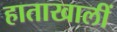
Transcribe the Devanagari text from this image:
हाताखालीं